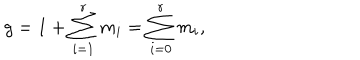
LaTeX: g = 1 + \sum _ { i = 1 } ^ { r } m _ { i } = \sum _ { i = 0 } ^ { r } m _ { i } ,